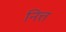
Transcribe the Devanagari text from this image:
नित्त